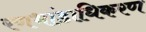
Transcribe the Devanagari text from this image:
रणभांडाधिकरण